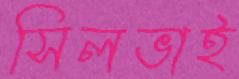
সিলভাই